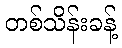
တစ်သိန်းခန့်